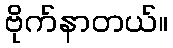
ဗိုက်နာတယ်။